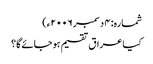
شمارہ: ۴ دسمبر ۲۰۰۶ء)
کیا عراق تقسیم ہوجائے گا؟